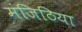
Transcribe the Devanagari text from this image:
मंजिठिया